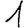
Digit: 1